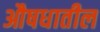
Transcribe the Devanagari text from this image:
औषधातील